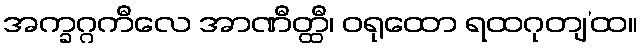
အက္ခဂ္ဂကီလေ အာဏီတ္ထီ၊ ဝရုထော ရထဂုတျ’ထ။